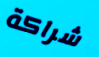
شراكة